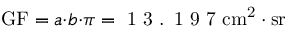
\mathrm { G F } = a { \cdot } b { \cdot } \pi = \textnormal { 1 3 . 1 9 7 } \mathrm { c m ^ { 2 } \cdot { s r } }